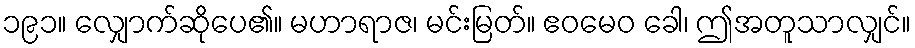
၁၉၁။ လျှောက်ဆိုပေ၏။ မဟာရာဇ၊ မင်းမြတ်။ ဧဝမေဝ ခေါ၊ ဤအတူသာလျှင်။